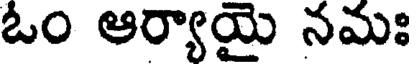
ఓం ఆర్యాయై నమః